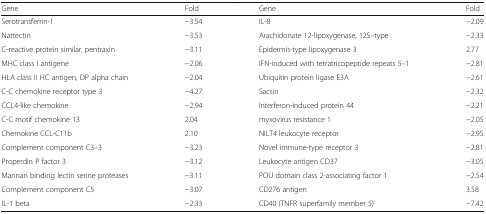
| Gene | Fold | Gene | Fold |
 | --- | --- | --- | --- |
 | Serotransferrin-1 | −3.54 | IL-8 | −2.09 |
 | Nattectin | −3.53 | Arachidonate 12-lipoxygenase, 12S–type | −2.33 |
 | C-reactive protein similar, pentraxin | −3.11 | Epidermis-type lipoxygenase 3 | 2.77 |
 | MHC class I antigene | −2.06 | IFN-induced with tetratricopeptide repeats 5–1 | −2.81 |
 | HLA class II HC antigen, DP alpha chain | −2.04 | Ubiquitin protein ligase E3A | −2.61 |
 | C-C chemokine receptor type 3 | −4.27 | Sacsin | −2.32 |
 | CCL4-like chemokine | −2.94 | Interferon-induced protein 44 | −2.21 |
 | C-C motif chemokine 13 | 2.04 | myxovirus resistance 1 | −2.05 |
 | Chemokine CCL-C11b | 2.10 | NILT4 leukocyte receptor | −2.95 |
 | Complement component C3–3 | −3.23 | Novel immune-type receptor 3 | −2.81 |
 | Properdin P factor 3 | −3.12 | Leukocyte antigen CD37 | −3.05 |
 | Mannan binding lectin serine proteases | −3.11 | POU domain class 2-associating factor 1 | −2.54 |
 | Complement component C5 | −3.07 | CD276 antigen | 3.58 |
 | IL-1 beta | −2.33 | CD40 (TNFR superfamily member 5) | −7.42 |